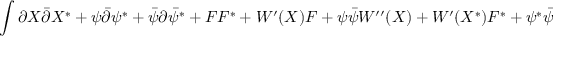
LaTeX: \int { \partial X \bar { \partial } X ^ { \ast } + \psi \bar { \partial } \psi ^ { \ast } + \bar { \psi } \partial \bar { \psi } ^ { \ast } + F F ^ { \ast } + W ^ { \prime } ( X ) F + \psi \bar { \psi } W ^ { \prime \prime } ( X ) + W ^ { \prime } ( X ^ { \ast } ) F ^ { \ast } + \psi ^ { \ast } \bar { \psi } ^ { \ast } W ^ { \prime \prime } ( X ^ { \ast } ) }